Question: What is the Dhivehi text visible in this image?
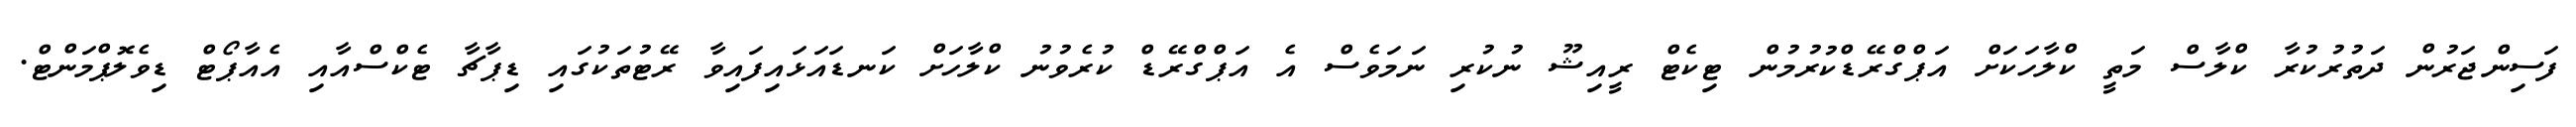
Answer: ފަސިންޖަރުން ދަތުރުކުރާ ކްލާސް މަތީ ކްލާހަކަށް އަޕްގްރޭޑްކުރުމުން ޓިކެޓް ރީއިޝޫ ނުކުރި ނަމަވެސް އެ އަޕްގްރޭޑް ކުރެވުނު ކްލާހަށް ކަނޑައަޅައިފައިވާ ރޭޓުތަކުގައި ޑިޕާޗާ ޓެކްސްއާއި އެއާޕޯޓް ޑިވެލޮޕްމަންޓް.